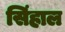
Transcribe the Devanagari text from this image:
सिंहाल